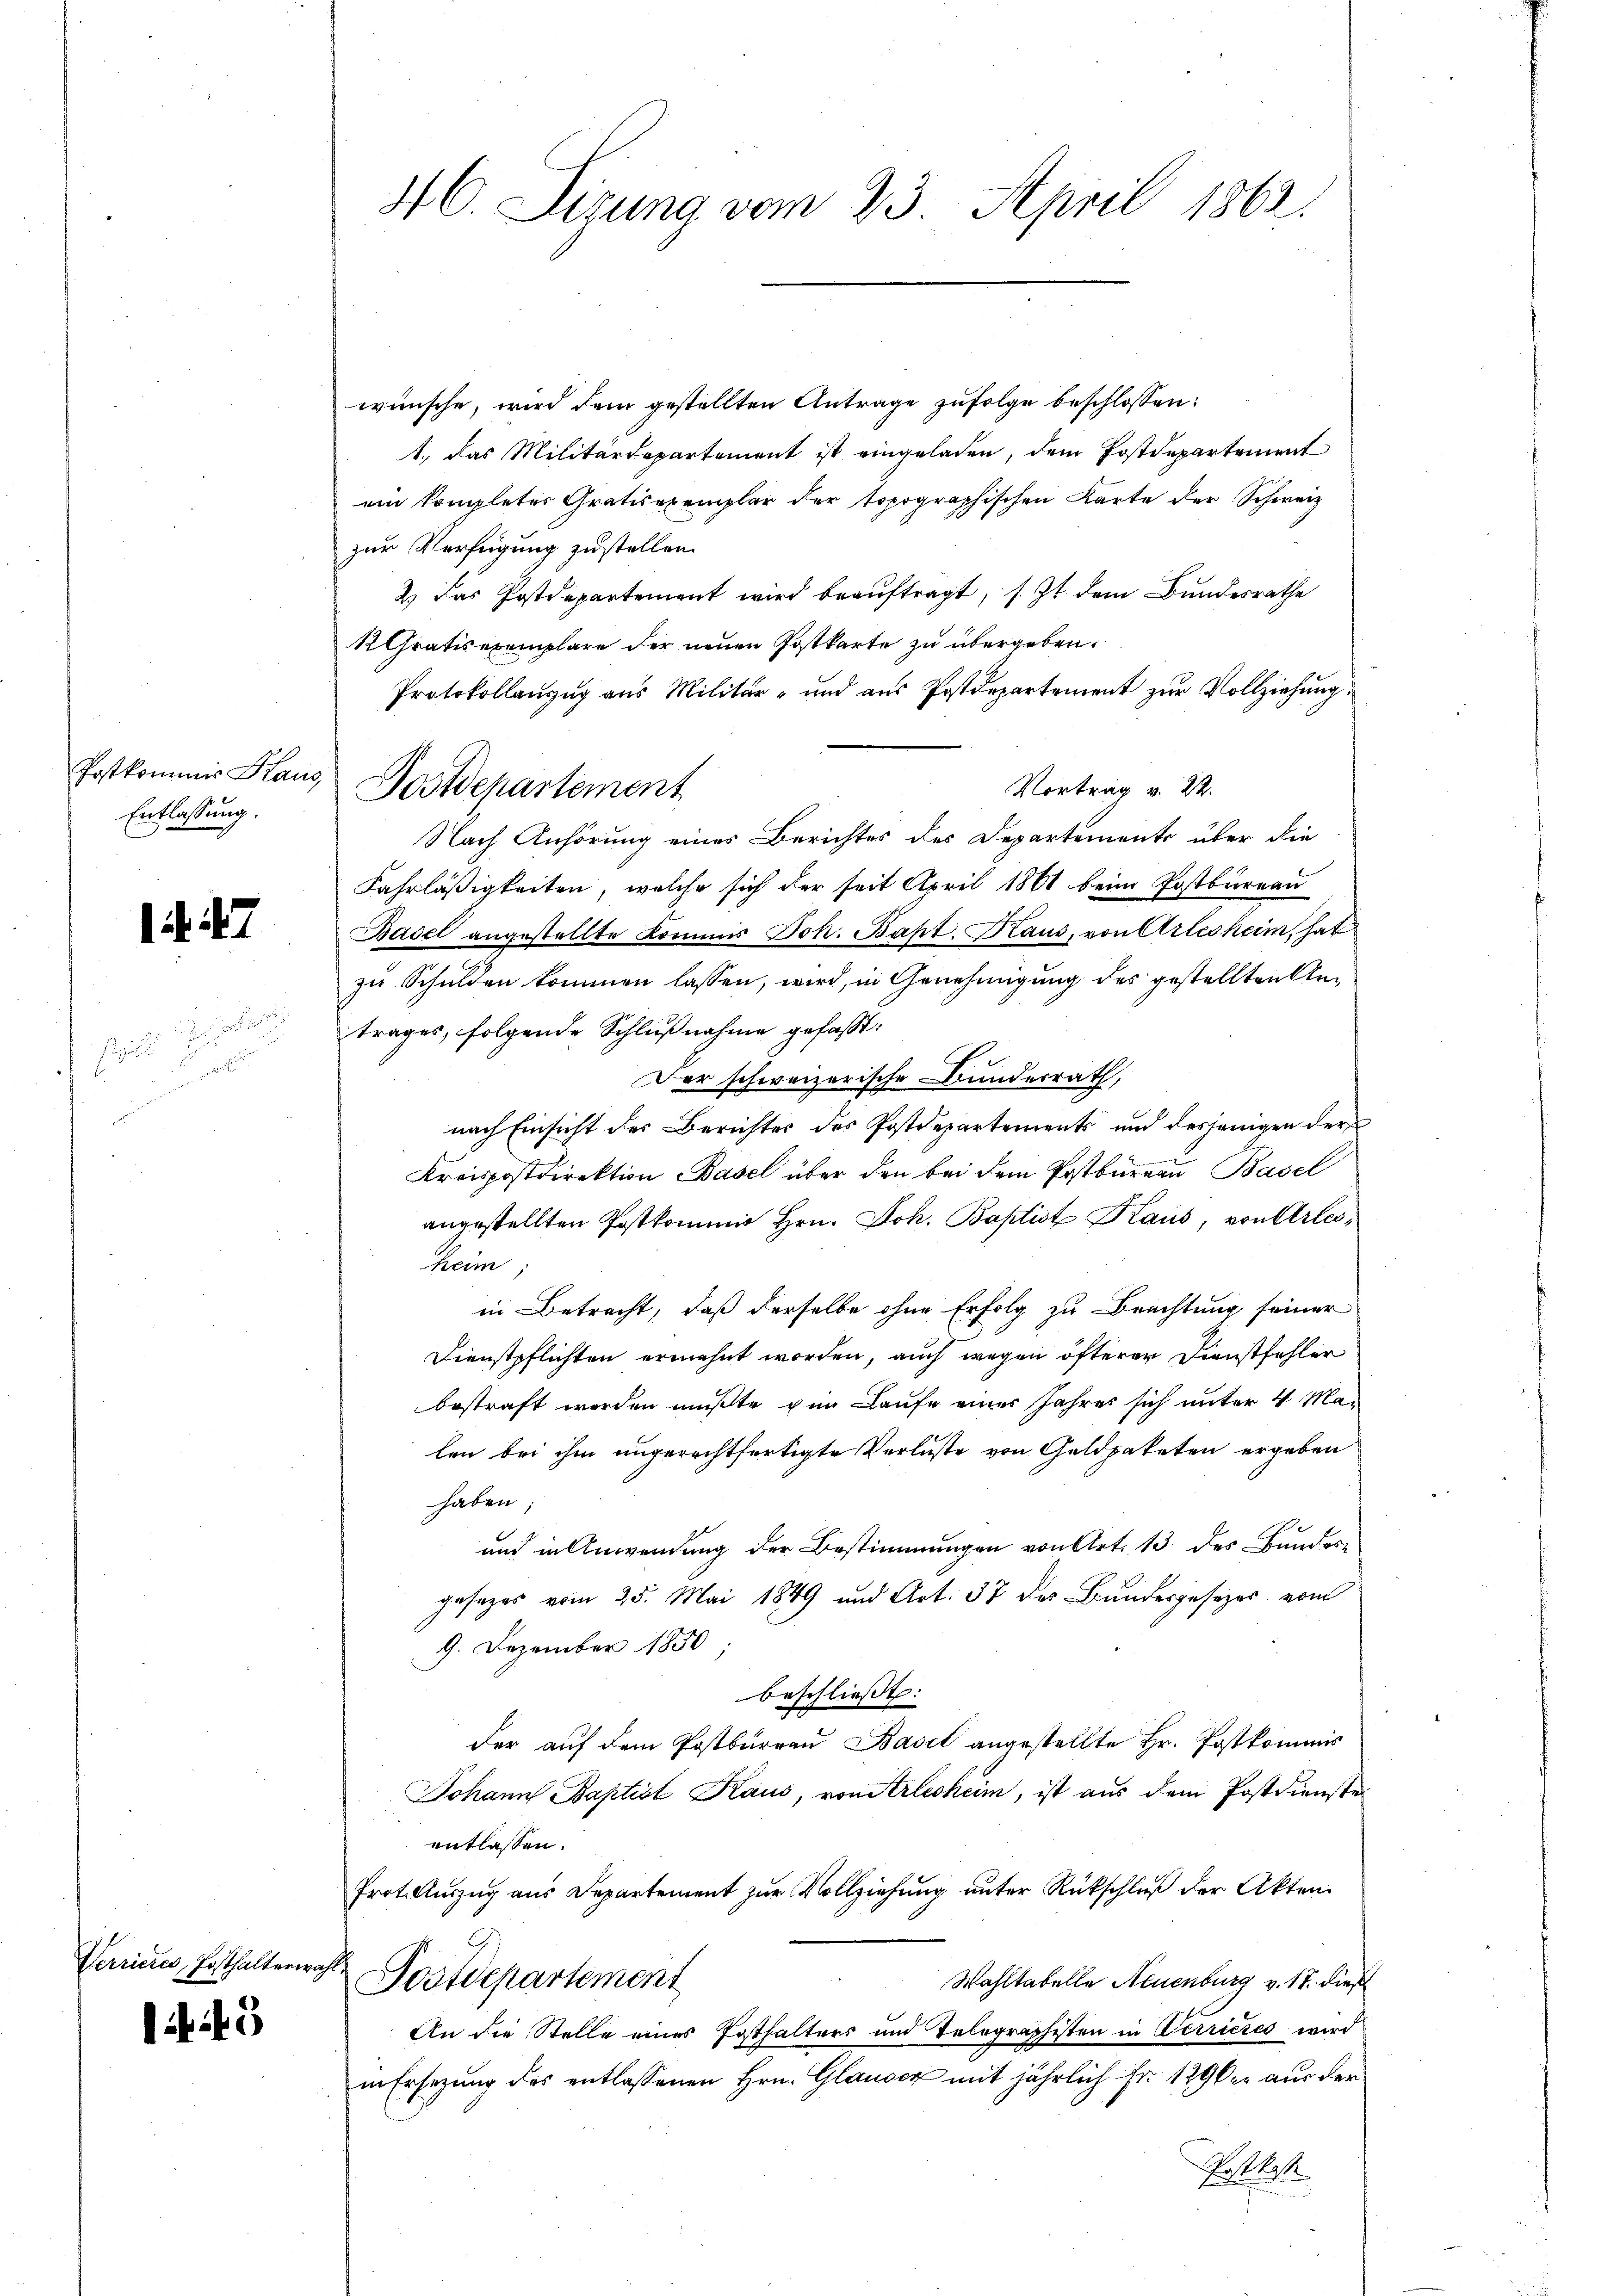
Entlassung.

1447

st

Verrieres, Posthalterwahl

if. 43

wünsche, wird dem gestellten Antrage zufolge beschlossen:
1., das Militärdepartement ist eingeladen, dem Postdepartement
ein kompleter Gratisexemplar der topographischen Karte der Schweiz
zur Verfügung zustellen.
2) Das Postdepartement wird beauftragt, s. Zt. dem Bundesrathe
1 Gratisexemplare der neuen Postkarte zu übergeben.
Protokollanzŭg ans Militär- und aŭs Postdepartement zŭr Vollziehŭng
Vortrag v. 22.
Nach Anhörung eines Berichtes des Departemente über die
Fahrläßigkeiten, welche sich der seit April 1861 beim Postbureau
Basel angestellte Kommis Joh. Bapt. Kraus, von Arlesheim, hat
zu Schulden kommen lassen, wird, in Genehmigung des gestellten Antrages, folgende Schlußnahme gefaßt.
Der schweizerische Bundesrath,
nach Einsicht des Berichtes des Postdepartements und desjenigen der
Kreispostdirektion Basel über den bei dem Postbureau Basel
angestellten Postkommis Hrn. Joh. Baptist Kaus, von Arlesheim
in Betracht, daß derselbe ohne Erfolg zu Beachtung seiner
Dienstpflichten erwehnt worden, auch wegen öfteren Dienstfehler
bestraft werden mußte von Laufe einer Jahres sich unter 4 Malen bei ihm ungerechtfertigte Verluste von Geldpaketen ergeben
haben;
.
und in Anwendung der Bestimmungen von Art. 13 des Bundesgesezes vom 25. Mai 1849 und Art. 37 des Bundesgesezes vom
9. Dezember 1850
beschließt:
der auf dem Postbureau Basel angestellte Hr. Postkommis
Johann Baptist Kaus, von Arlesheim, ist aus dem Postdienste
entlassen.
Prot. Aŭszŭg aŭs Departement zŭr Vollziehŭng ŭnter Rückschlŭβ der Akten.
Postdepartement
Wahltabelle Neuenburg v. 18. dieß
An die Stelle eines Posthalters und Telegraphisten in Verrieres wird
in Ersezung des entlassenen Hrn. Glauser mit jährlich Fr. 129 ker aus der
Recess

46. Sitzung vom 23. April 1863.

Postkommis Graus, Postdepartement